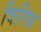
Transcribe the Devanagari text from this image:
विरिध